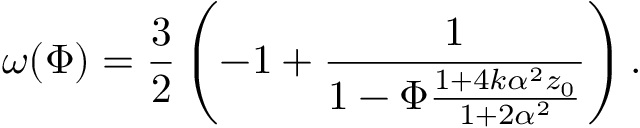
\omega ( \Phi ) = \frac { 3 } { 2 } \left( - 1 + \frac { 1 } { 1 - \Phi \frac { 1 + 4 k \alpha ^ { 2 } z _ { 0 } } { 1 + 2 \alpha ^ { 2 } } } \right) .